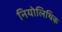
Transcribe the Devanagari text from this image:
नियोलिथिक